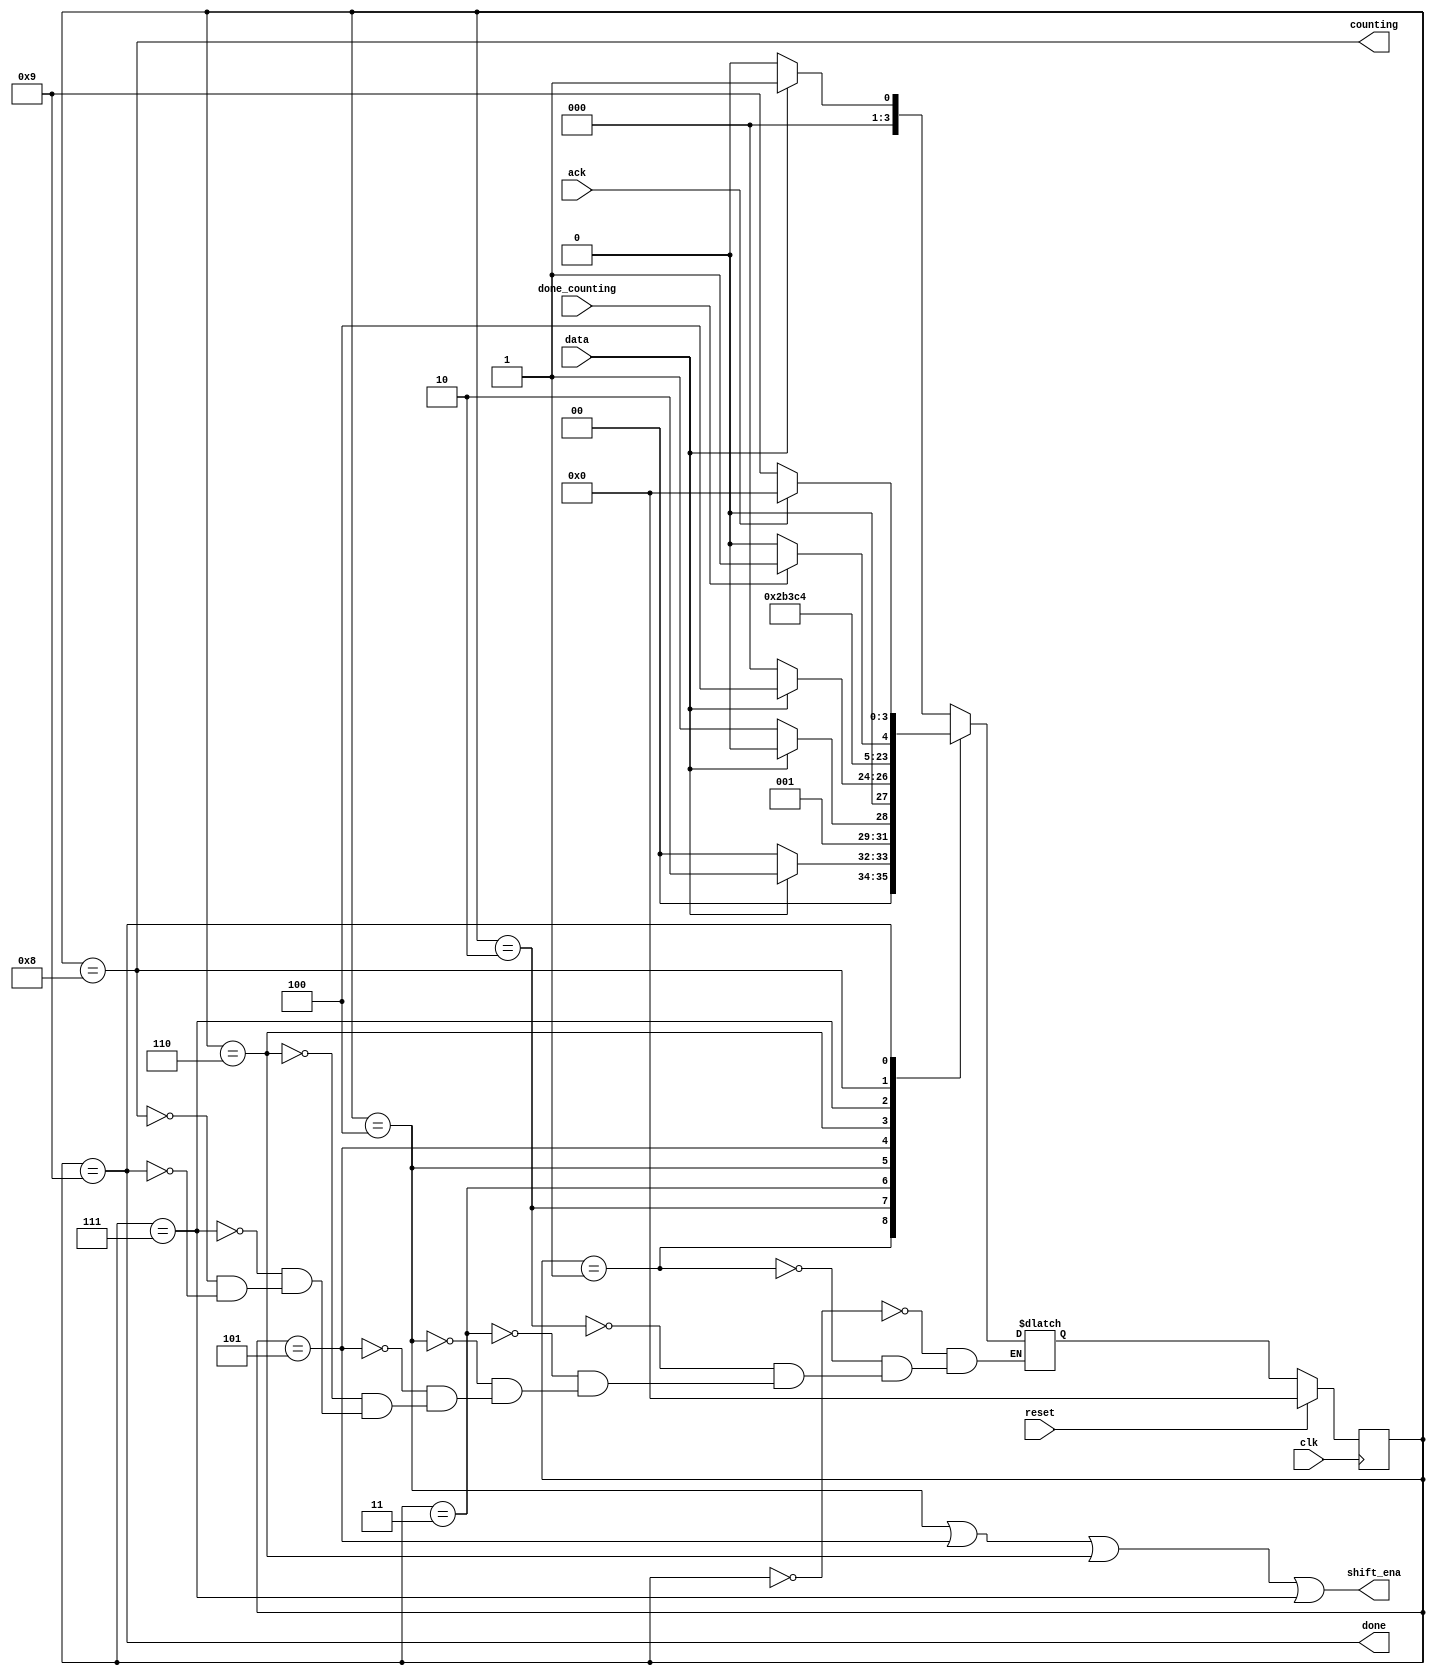
module top_module (
    input clk,
    input reset,      // Synchronous reset
    input data,
    output shift_ena,
    output counting,
    input done_counting,
    output done,
    input ack );

    parameter A = 0, B = 1, C = 2, D = 3, E = 4, F = 5, G = 6, H = 7 , I = 8, J = 9;
    reg [3:0] next_state, state;
    
    always @(*) begin
        case (state)
            A: next_state = data ? B : A; // data == 1 => B
            B: next_state = data ? C : A; // data == 1 => C
            C: next_state = data ? C : D; // data == 0 => D
            D: next_state = data ? E : A; // data == 1 => E
            E: next_state = F;
            F: next_state = G;
            G: next_state = H;
            H: next_state = I;
            I: next_state = done_counting ? J : I;
            J: next_state = ack ? A : J;
        endcase
    end
    always @(posedge clk) begin
        if (reset) begin
           state <= A; 
        end else begin
           state <= next_state; 
        end
    end
    assign shift_ena = (state == E)||(state == F) || (state == G) || (state == H) ;
    assign counting = (state == I);
    assign done = (state == J);
    
endmodule